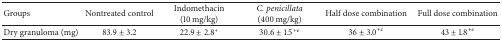
<table><thead><tr><td><b>Groups</b></td><td><b>Nontreated control</b></td><td><b>Indomethacin (10 mg/kg)</b></td><td><b><i>C. penicillata</i> (400 mg/kg)</b></td><td><b>Half dose combination</b></td><td><b>Full dose combination</b></td></tr></thead><tbody><tr><td>Dry granuloma (mg)</td><td>83.9 ± 3.2</td><td>22.9 ± 2.8<sup>+</sup></td><td>30.6 ± 1.5<sup>+<i>ε</i></sup></td><td>36 ± 3.0<sup>+<i>ε</i></sup></td><td>43 ± 1.8<sup>+<i>ε</i></sup></td></tr></tbody></table>